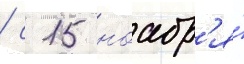
/ с 15 ноабр'я́